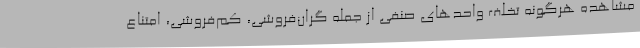
مشاهده هرگونه تخلف واحدهای صنفی از جمله گران‌فروشی، کم‌فروشی، امتناع